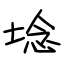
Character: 埝